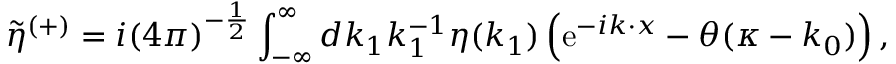
\tilde { \eta } ^ { ( + ) } = i ( 4 \pi ) ^ { - { \frac { 1 } { 2 } } } \int _ { - { \infty } } ^ { \infty } d k _ { 1 } k _ { 1 } ^ { - 1 } \eta ( k _ { 1 } ) \left( \mathrm { e } ^ { - i k \cdot x } - \theta ( \kappa - k _ { 0 } ) \right) ,